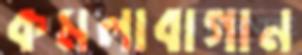
কমলাবাগান